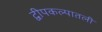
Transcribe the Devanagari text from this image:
द्वीपकल्पातली